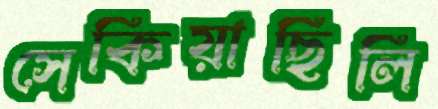
সেকিয়াছিলি